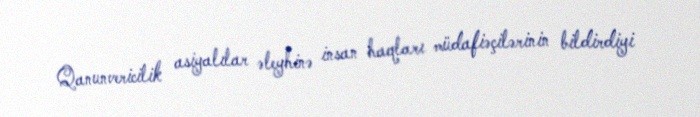
Qanunvericilik asiyalılar əleyhinə insan haqları müdafiəçilərinin bildirdiyi